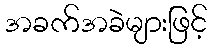
အခက်အခဲများဖြင့်